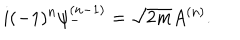
LaTeX: i ( - 1 ) ^ { n } \psi _ { - } ^ { ( n - 1 ) } = \sqrt { 2 m } A ^ { ( n ) } .